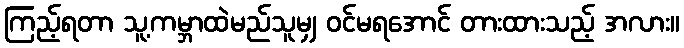
ကြည့်ရတာ သူ့ကမ္ဘာထဲမည်သူမျှ ဝင်မရအောင် တားထားသည့် အလား။